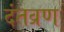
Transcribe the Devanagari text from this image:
दंतव्रण